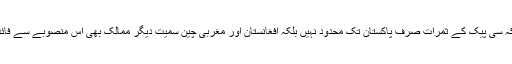
انہوں نے کہاکہ سی پیک کے ثمرات صرف پاکستان تک محدود نہیں بلکہ افغانستان اور مغربی چین سمیت دیگر ممالک بھی اس منصوبے سے فائدہ اٹھائیں گے۔